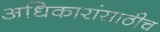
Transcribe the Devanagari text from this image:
अधिकारांसाठीच